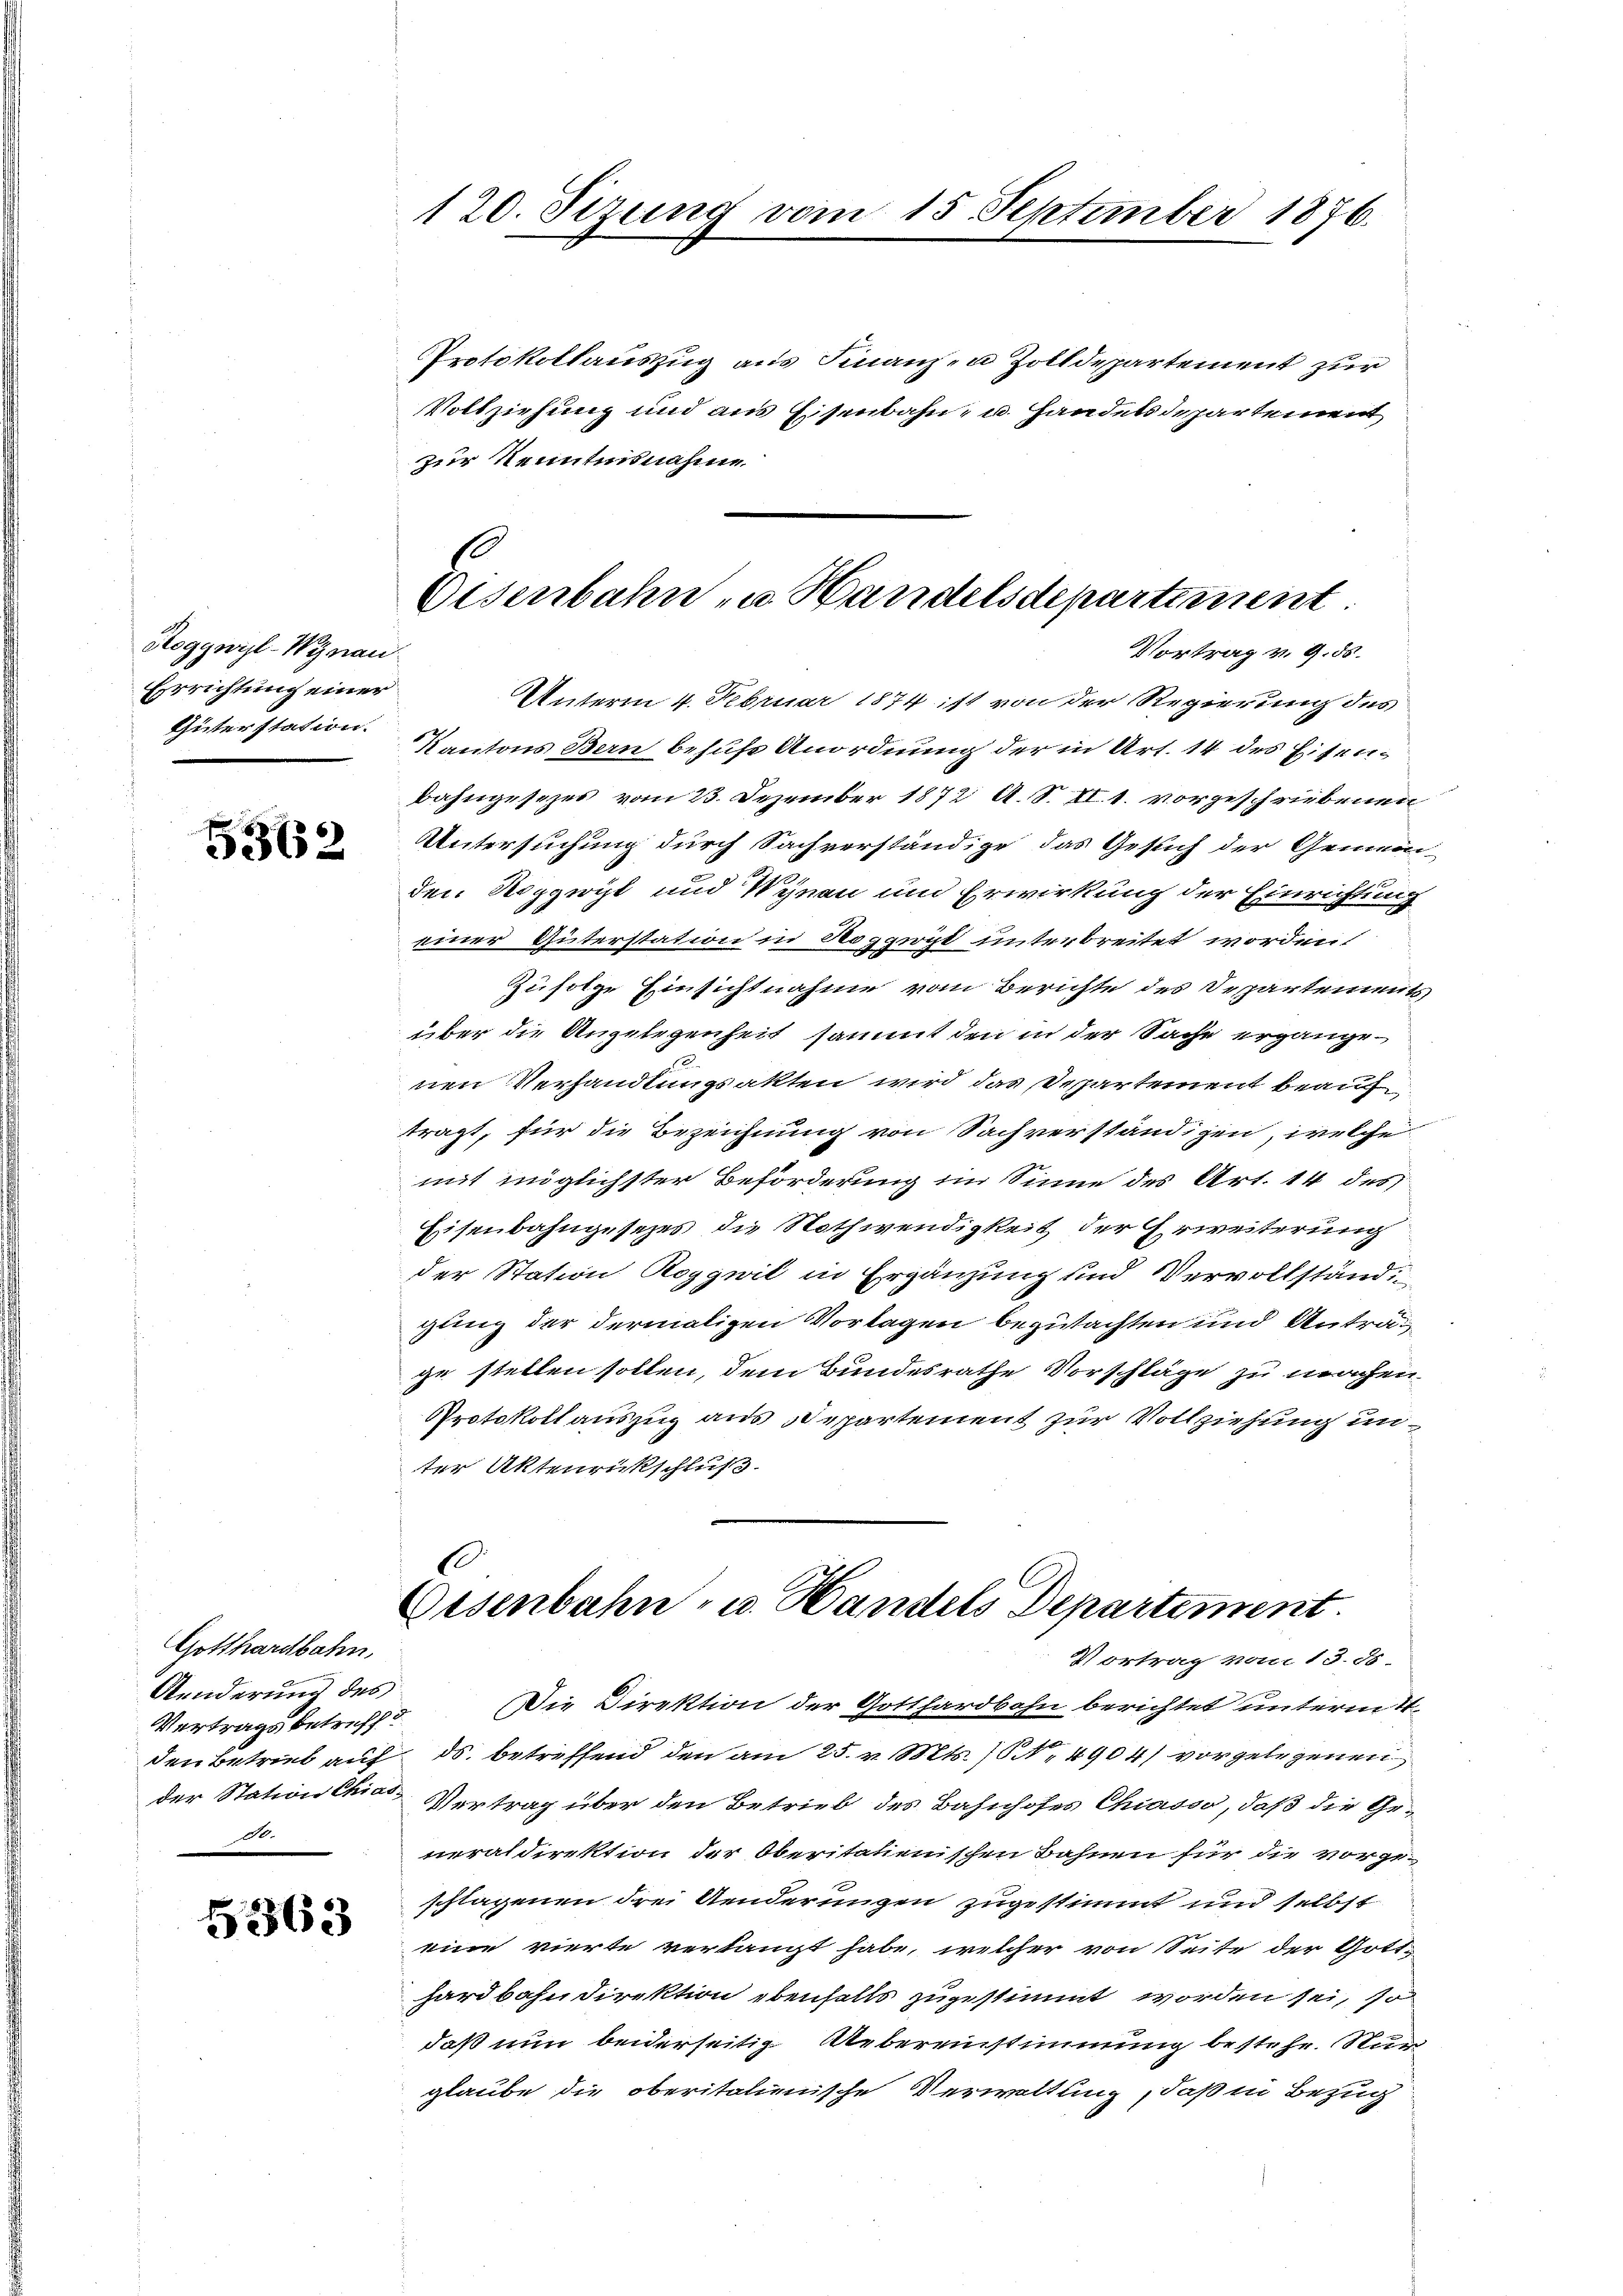
Roggwyl-Wynau
Errichtung einer
Güterstation.

5362

Gotthardbahn,
Aenderung des
Vertrags betreff
e

5363

120. Sizung vom

Protokollauszug aus Finanzen Zolldepartement zur
Vollziehung und aus Eisenbahn- u. Handelsdepartement
zur Kenntnisnahme
Unterm 4. Februar 1874 ist von der Regierung des
Kantons Bern behufe Anordnung der in Art. 14 des Eisenibahngesezes vom 23. Dezember 1872 A. S. II.1. vorgeschriebenen
Untersuchung durch Sachverständige das Gesuch der Gemein-
den Roggwyl und Wynau um Erwirkung der Einrichtung
einer Güterstation in Roggwist unterbreitet worden.
Zufolge Einsichtnahme vom Berichte des Departements,
über die Angelegenheit sammt den in der Sache ergangenen Verhandlungsakten wird das Departement beauf
tragt, für die Bezeichnung von Sachverständigen, welche
mit möglichster Beförderung im Sinne des Art. 14 des
Eisenbahngesezes die Nothwendigkeit der Erweiterung
der Station Roggwil in Ergänzung und Vervollständi
gling der dermaligen Vorlagen begutachten und Antrage stellen sollen, dem Bundesrathe Vorschläge zu machen
Protokoll auszug aus Departement zur Vollziehung unter Aktenrickschluß
Eisenbahn- u. Handels Departement.
Vortrag vom 13. ds.
Die Direktion der Gotthardbahn berichtet unterm 4.
den Betrieb auf ds. betreffend den am 25. v. Mts. 1. 4904) vorgelegenen
der Station Chias Vertrag über den Betrieb des Bahnhofes Chiasso, daß die Generaldirektion der Oberitalienischen Bahnen für die vorgeschlagenen drei Aenderungen zugestimmt und selbst
eine vierte verlangt habe, welcher von Seite der Gott-
hardbahndirektion ebenfalls zugestimmt worden sei, so
daß nun beiderseitig Uebereinstimmung bestehe. Stan
glaube die oberitalienische Verwaltung, daß in Bezug

15 September 1876.

Disenbahn zu Handelsdepartement
Vortrag v. 9. ds.